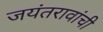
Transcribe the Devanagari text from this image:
जयंतरावांची